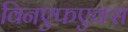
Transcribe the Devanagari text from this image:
विनएफएक्स